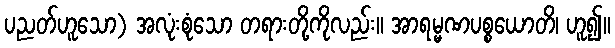
ပညတ်ဟူသော) အလုံးစုံသော တရားတို့ကိုလည်း။ အာရမ္မဏပစ္စယောတိ၊ ဟူ၍။